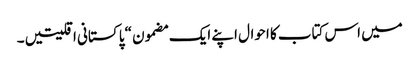
میں اس کتاب کا احوال اپنے ایک مضمون “پا کستانی اقلیتیں ۔